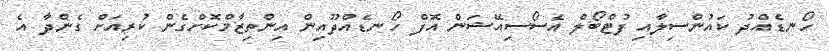
ހޯނޑެއްދު ކައުންސިލާއި ފުޓްބޯލް އެސޯސިއޭޝަން އޮފް ހޯނޑެއްދޫއިން އިންތިޒާމްކޮށްގެން ކުރިއަށް ގެންދާ އެ